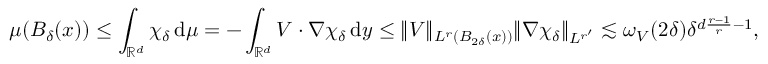
\mu ( B _ { \delta } ( x ) ) \leq \int _ { \ensuremath { \mathbb { R } } ^ { d } } \chi _ { \delta } \, \mathrm { d } \mu = - \int _ { \ensuremath { \mathbb { R } } ^ { d } } V \cdot \nabla \chi _ { \delta } \, \mathrm { d } y \leq \| V \| _ { L ^ { r } ( B _ { 2 \delta } ( x ) ) } \| \nabla \chi _ { \delta } \| _ { L ^ { r ^ { \prime } } } \lesssim \omega _ { V } ( 2 \delta ) \delta ^ { d \frac { r - 1 } { r } - 1 } ,